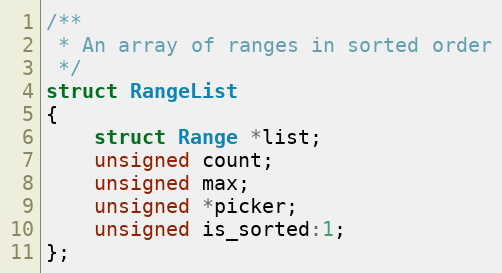
Language: C
/**
 * An array of ranges in sorted order
 */
struct RangeList
{
    struct Range *list;
    unsigned count;
    unsigned max;
    unsigned *picker;
    unsigned is_sorted:1;
};